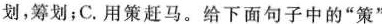
划，筹划；C.用策赶马。给下面句子中的”策”